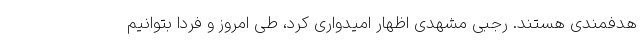
هدفمندی هستند. رجبی مشهدی اظهار امیدواری کرد، طی امروز و فردا بتوانیم